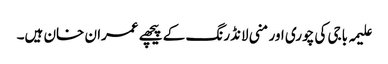
علیمہ باجی کی چوری اور منی لانڈرنگ کے پیچھے عمران خان ہیں۔